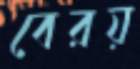
বেরয়